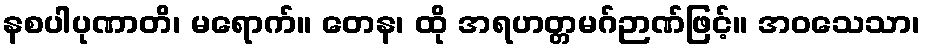
နစပါပုဏာတိ၊ မရောက်။ တေန၊ ထို အရဟတ္တမဂ်ဉာဏ်ဖြင့်။ အဝသေသာ၊